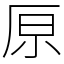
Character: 𠩤